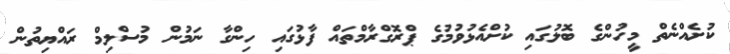
ކުށެއްނެތް މީހުންގެ ބޮލުގައި ކުށްއެޅުވުމުގެ ޕްރޮގްރާމްތައް ފާޅުގައި ހިންގާ ނަމުން މުސްލިމް ރައްޔިތުން